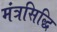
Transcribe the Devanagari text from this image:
मंत्रसिद्धि